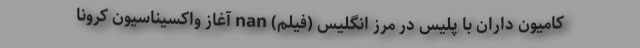
کامیون داران با پليس در مرز انگلیس (فیلم) nan آغاز واکسیناسیون کرونا